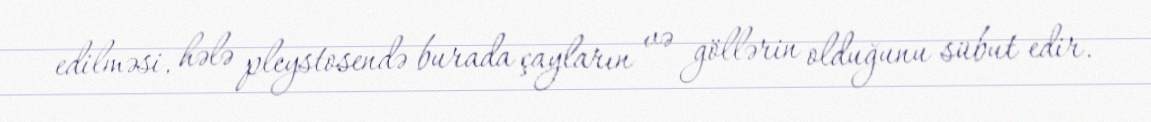
edilməsi, hələ pleystosendə burada çayların və göllərin olduğunu sübut edir.